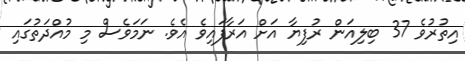
އިތުރުވެ 37 ބިލިއަން ރުފިޔާ އަށް އަރާފައިވެ އެވެ. ނަމަވެސް މި މުއްދަތުގައި